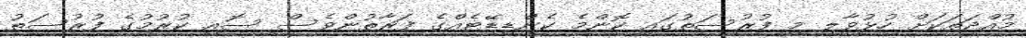
މުއްދަތަކަށް ހުޅުވާލި މި ފުރުސަތުގައި ކޮންމެ ކެންޑިޑޭޓެއްގެ ފަރާތުންވެސް ސޮއި ކުރުމުގެ ފުރުސަތު